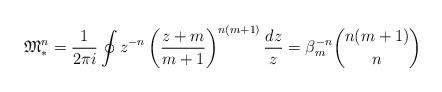
LaTeX: \begin{align*} \mathfrak{M}_*^n =\frac{1}{2\pi i} \oint z^{-n} \left( \frac{z+m}{m+1}\right)^{n(m+1)} \frac{dz}{z} = \beta_m^{-n} { n(m+1) \choose n } \end{align*}